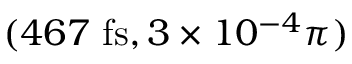
( 4 6 7 ~ \mathrm { f s } , 3 \times 1 0 ^ { - 4 } \pi )